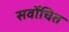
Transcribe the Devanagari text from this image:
सर्वोचित